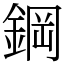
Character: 鋼